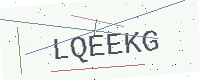
Text: LQEEKG